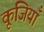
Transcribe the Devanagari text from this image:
कूजियाँ